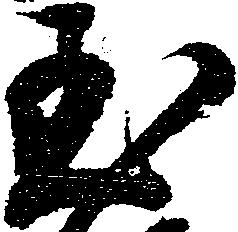
至